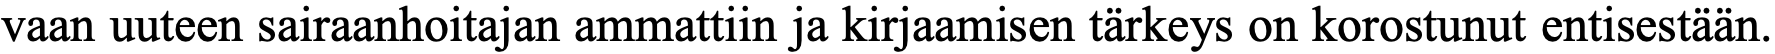
vaan uuteen sairaanhoitajan ammattiin ja kirjaamisen tärkeys on korostunut entisestään.